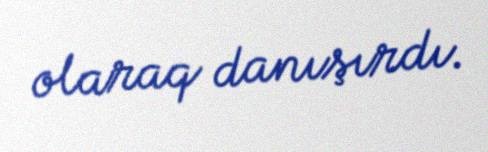
olaraq danışırdı.